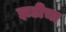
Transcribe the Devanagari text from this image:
झडीचा